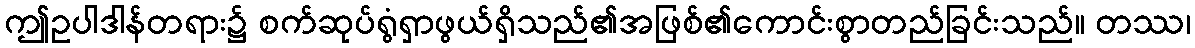
ဤဥပါဒါန်တရား၌ စက်ဆုပ်ရွံရှာဖွယ်ရှိသည်၏အဖြစ်၏ကောင်းစွာတည်ခြင်းသည်။ တဿ၊